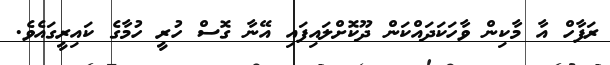
ރަފާހް އާ މާކިން ވާހަކަދައްކަން ދޫކޮށްލައިފައި އޭނާ ގޮސް ހުރީ ހުމާގެ ކައިރީގައެވެ.